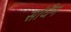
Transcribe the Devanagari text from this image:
सांघैन